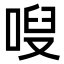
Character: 㖬